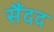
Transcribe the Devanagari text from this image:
सैंदद